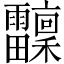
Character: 𩇆